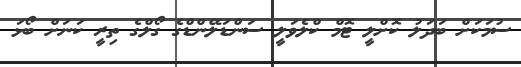
ސުމަކަށް ބަދަލު ކޮށްލީ ޓޮމް ކްލެވަލީ ސަންޑަލޭންޑްގެ ގޯލްގެ ތިރީ ކަނަށް ބޯޅަ